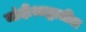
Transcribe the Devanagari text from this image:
नांदीश्राद्धातील